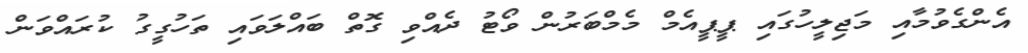
އެންގެވުމާއި މަޖިލީހުގައި ޕީޕީއެމް މެމްބަރުން ވޯޓު ދެއްވި ގޮތް ބައްލަވައި ތަހުގީގު ކުރައްވަން